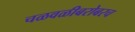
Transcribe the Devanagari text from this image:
चळवळीबरोबरच